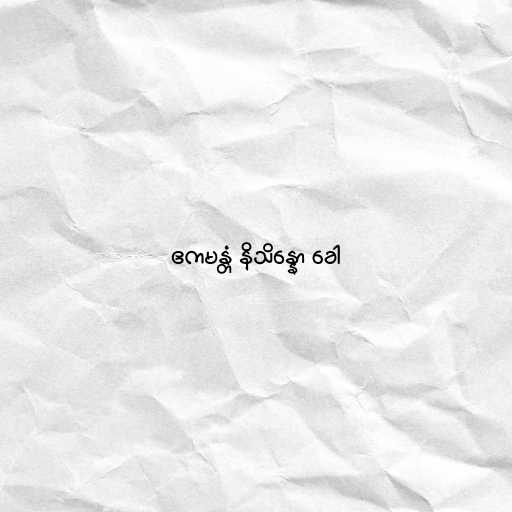
ဧကမန္တံ နိသိန္နော ခေါ